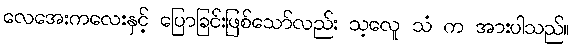
လေအေးကလေးနှင့် ပြောခြင်းဖြစ်သော်လည်း သ့လေူ သံ က အားပါသည်။